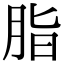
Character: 脂